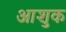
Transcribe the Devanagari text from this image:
आशुक